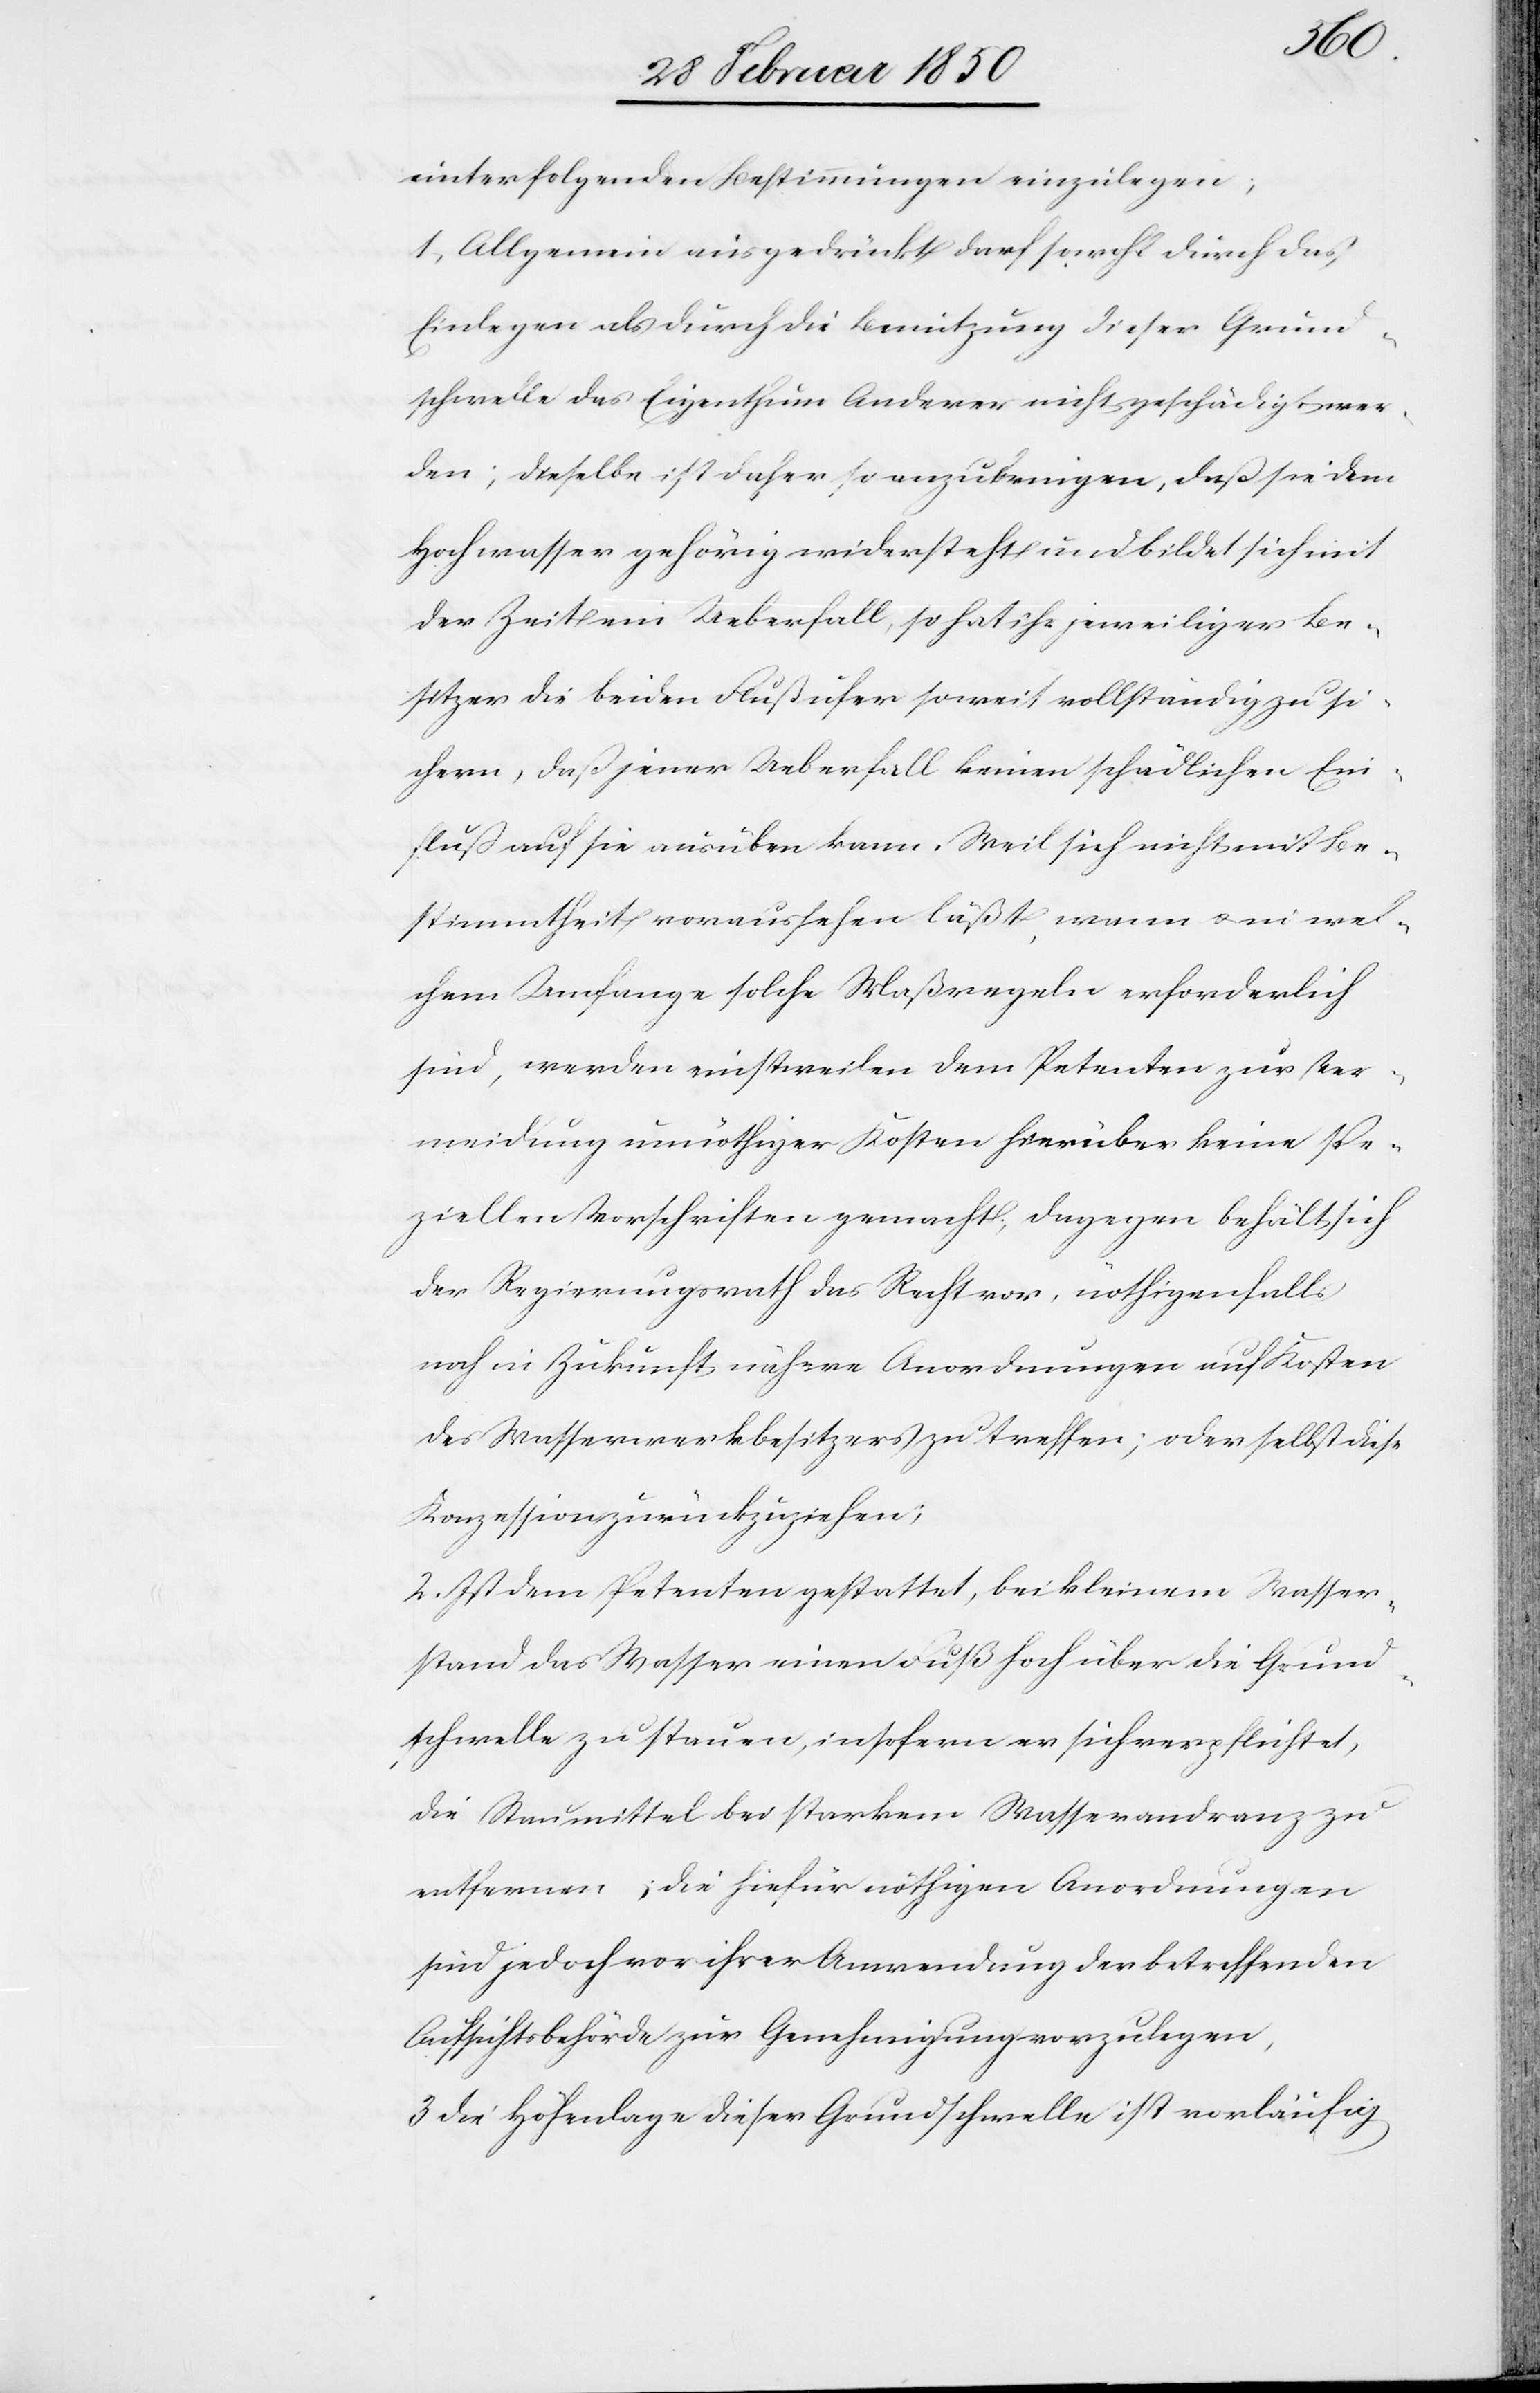
unter folgenden Bestimmungen einzulegen
1. Allgemein ausgedrückt darf sowohl durch das
Einlegen als durch die Benutzung dieser Grund¬
schwelle das Eigenthum Anderer nicht geschädigt wer¬
den; dieselbe ist daher so anzubringen, daß sie dem
Hochwasser gehörig widersteht und bildet sich mit
der Zeit ein Ueberfall, so hat ihr jeweiliger Be¬
sitzer die beiden Flußufer soweit vollständig zu si¬
chern, daß jener Ueberfall keinen schädlichen Ein¬
fluß auf sie ausüben kann. Weil sich nicht mit Be¬
stimmtheit voraussehen läßt, wann u. in wel¬
chem Umfange solche Maßregeln erforderlich
sind, werden einstweilen dem Petenten zur Ver¬
meidung unnöthiger Kosten hierüber keine spe¬
ziellen Vorschriften gemacht, dagegen behält sich
der Regierungsrath das Recht vor, nöthigenfalls
noch in Zukunft nähere Anordnungen auf Kosten
des Wasserwerksbesitzers zu treffen; oder selbst diese
Konzession zurückzuziehen;
2. Ist dem Petenten gestattet, bei kleinem Wasser¬
stand das Wasser einen Fuß hoch über die Grund¬
schwelle zu stauen, insofern er sich verpflichtet,
die Staumittel bei starkem Wasserandranz
entfernen; die hiefür nöthigen Anordnungen
sind jedoch vor ihrer Anwendung der betreffenden
Aufsichtsbehörde zur Genehmigung vorzulegen,
3 Die Höhenlage dieser Grundschwelle ist vorläufig